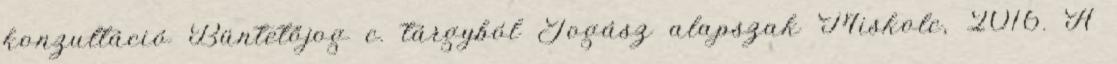
konzultáció Büntetőjog c. tárgyból Jogász alapszak Miskolc, 2016. A